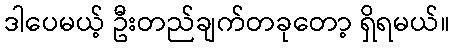
ဒါပေမယ့် ဦးတည်ချက်တခုတော့ ရှိရမယ်။